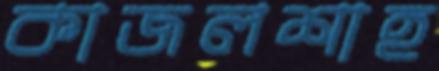
কাজলশাহ